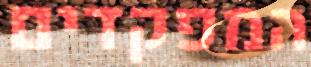
המפקדים